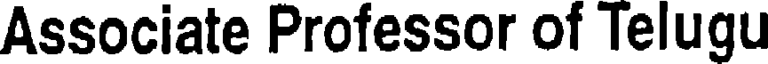
Associate Professor of Telugu